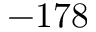
- 1 7 8